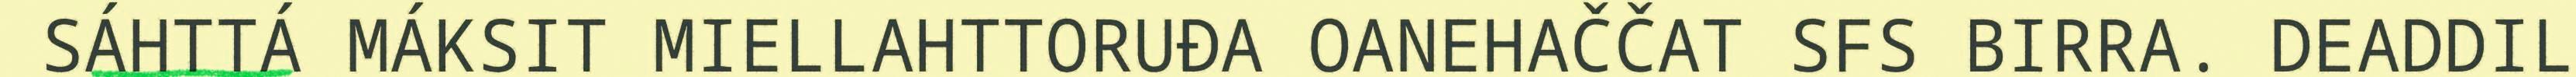
SÁHTTÁ MÁKSIT MIELLAHTTORUĐA OANEHAČČAT SFS BIRRA. DEADDIL